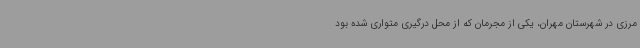
مرزی در شهرستان مهران، یکی از مجرمان که از محل درگیری متواری شده بود